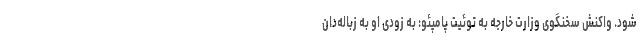
شود. واکنش سخنگوی وزارت خارجه به توئیت پامپئو: به زودی او به زباله‌دان